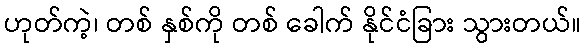
ဟုတ်ကဲ့၊ တစ် နှစ်ကို တစ် ခေါက် နိုင်ငံခြား သွားတယ်။